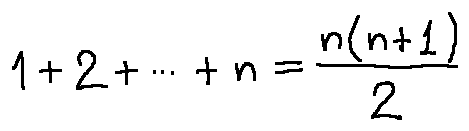
1 + 2 + \cdots + n = \frac { n ( n + 1 ) } { 2 }